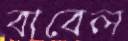
বাবেল